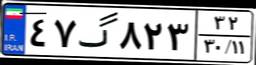
۸۸گ۰۷۳۳۲